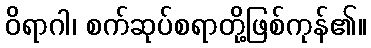
ဝိရာဂါ၊ စက်ဆုပ်စရာတို့ဖြစ်ကုန်၏။